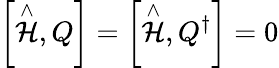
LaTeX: \left[\stackrel{\wedge}{\mathcal{H}},Q\right]=\left[\stackrel{\wedge}{\mathcal{H}},Q^{\dagger}\right]=0